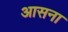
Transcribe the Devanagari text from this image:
आसना